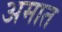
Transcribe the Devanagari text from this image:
अमात